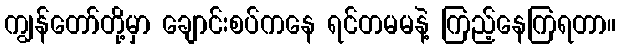
ကျွန်တော်တို့မှာ ချောင်းစပ်ကနေ ရင်တမမနဲ့ ကြည့်နေကြရတာ။